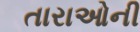
તારાઓની